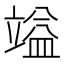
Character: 𮄷